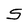
Character: S